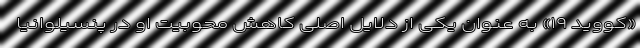
«کووید ۱۹» به عنوان یکی از دلایل اصلی کاهش محوبیت او در پنسیلوانیا